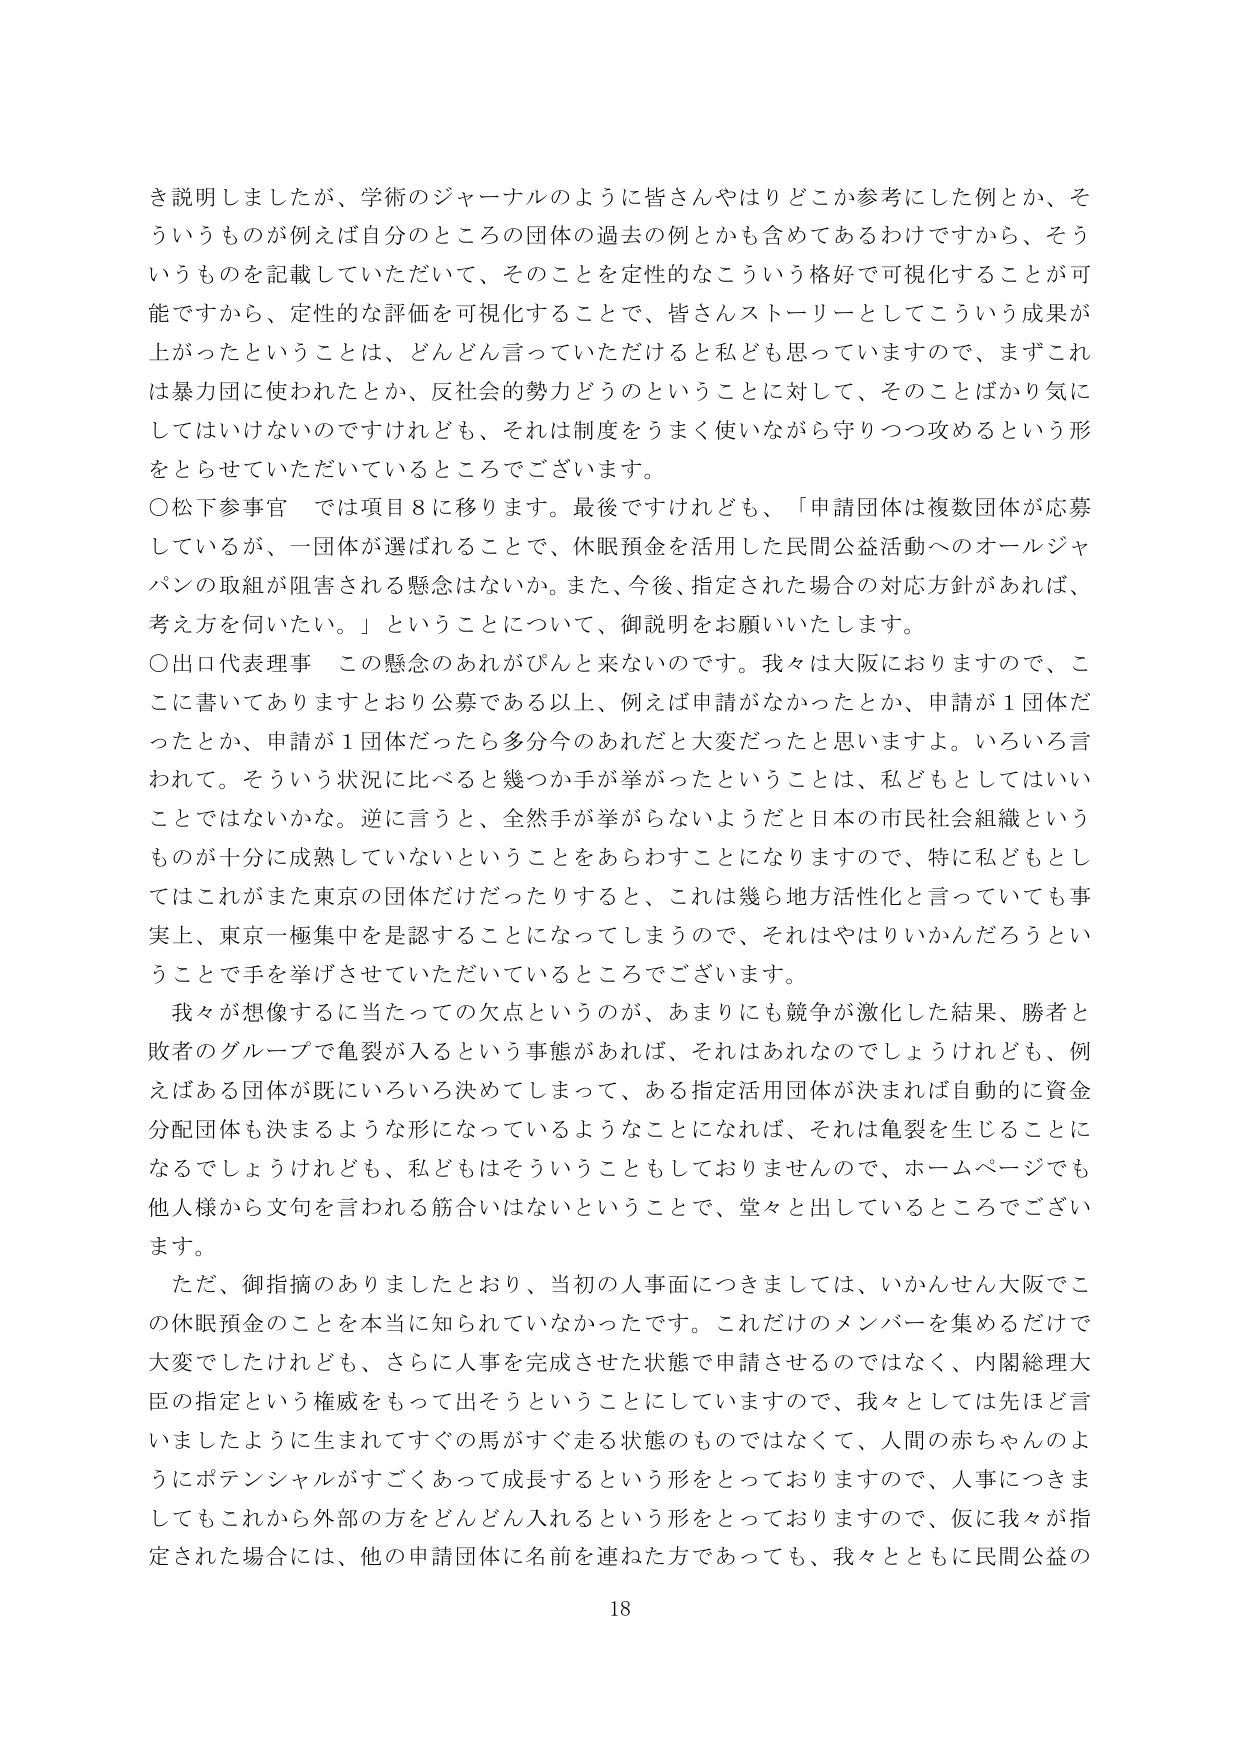
き説明しましたが、学術のジャーナルのように皆さんやはりどこか参考にした例とか、そういうものが例えば自分のところの団体の過去の例とかも含めてあるわけですから、そういうものを記載していただいて、そのことを定性的なこういう格好で可視化することが可能ですから、定性的な評価を可視化することで、皆さんストーリーとしてこういう成果が上がったということは、どんどん言っていただけると私ども思っていますので、まずこれは暴力団に使われたとか、反社会的勢力どうのということに対して、そのことばかり気にしてはいけないのですけれども、それは制度をうまく使いながら守りつつ攻めるという形をとらせていただいているところでございます。

〇松下参事官　では項目８に移ります。最後ですけれども、「申請団体は複数団体が応募しているが、一団体が選ばれることで、休眠預金を活用した民間公益活動へのオールジャパンの取組が阻害される懸念はないか。また、今後、指定された場合の対応方針があれば、考え方を伺いたい。」ということについて、御説明をお願いいたします。

〇出口代表理事　この懸念のあれがぴんと来ないのです。我々は大阪におりますので、ここに書いてありますとおり公募である以上、例えば申請がなかったとか、申請が１団体だったとか、申請が１団体だったら多分今のあれだと大変だったと思いますよ。いろいろ言われて。そういう状況に比べると幾つか手が挙がったということは、私どもとしてはいいことではないかな。逆に言うと、全然手が挙がらないようだと日本の市民社会組織というものが十分に成熟していないということをあらわすことになりますので、特に私どもとしてはこれがまた東京の団体だけだったりすると、これは幾ら地方活性化と言っていても事実上、東京一極集中を是認することになってしまうので、それはやはりいかんだろうということて手を挙げさせていただいているところでございます。

我々が想像するに当たっての欠点というのが、あまりにも競争が激化した結果、勝者と敗者のグループで亀裂が入るという事態があれば、それはあれなのでしょうけれども、例えばある団体が既にいろいろ決めてしまって、ある指定活用団体が決まれば自動的に資金分配団体も決まるような形になっているようなことになれば、それは亀裂を生じることになるでしょうけれども、私どもはそういうこともしておりませんので、ホームページでも他人様から文句を言われる筋合いはないということで、堂々と出しているところでございます。

ただ、御指摘のありましたとおり、当初の人事面につきましては、いかんせん大阪でこの休眠預金のことを本当に知られていなかったです。これだけのメンバーを集めるだけで大変でしたけれども、さらに人事を完成させた状態で申請させるのではなく、内閣総理大臣の指定という権威をもって出そうということにしていますので、我々としては先ほど言いましたように生まれてすぐの馬がすぐ走る状態のものではなくて、人間の赤ちゃんのようにポテンシャルがすごくあって成長するという形をとっておりますので、人事につきましてもこれから外部の方をどんどん入れるという形をとっておりますので、仮に我々が指定された場合には、他の申請団体に名前を連ねた方であっても、我々とともに民間公益の

18